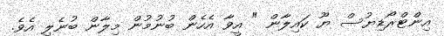
އިންޓްރޯޑިޔުސް ޔޫ ކައިލާން " އީވާ އެހެން ބުނުމުން މިލާން ބުނެލި އެވެ.